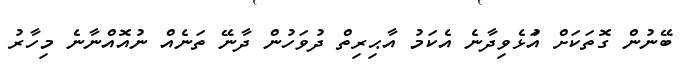
ބޭނުން ގޮތަކަށް އުަޅެވިދާނެ އެކަމު އާޙިރިތް ދުވަހުން ދާނޭ ތަނެއް ނުއޮއްނާނެ މިހާރު